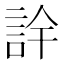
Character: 𮘅